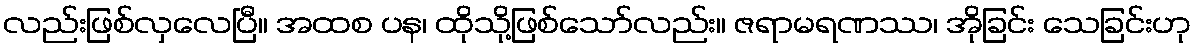
လည်းဖြစ်လှလေပြီ။ အထစ ပန၊ ထိုသို့ဖြစ်သော်လည်း။ ဇရာမရဏဿ၊ အိုခြင်း သေခြင်းဟု